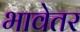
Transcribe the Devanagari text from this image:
भावेतर